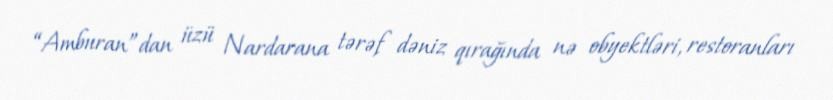
“Amburan”dan üzü Nardarana tərəf dəniz qırağında nə obyektləri, restoranları